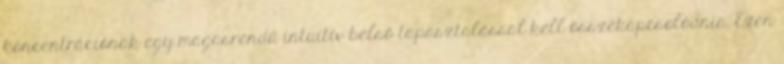
koncentrációnak egy magasrendű intuitív belső tapasztalással kell összekapcsolódnia. Ezen